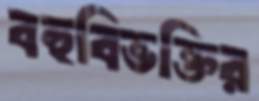
বহুবিভক্তির